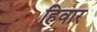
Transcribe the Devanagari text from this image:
हिवार